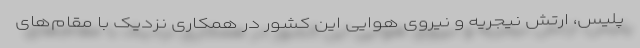
پلیس، ارتش نیجریه و نیروی هوایی این کشور در همکاری نزدیک با مقام‌های